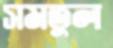
সমতুল